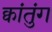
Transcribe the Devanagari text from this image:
क्वांतुंग